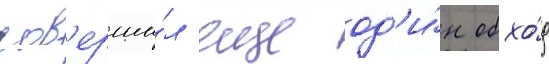
сов'ерши́л еще од'и́н обхо́д